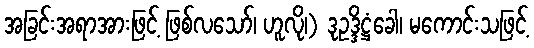
အခြင်းအရာအားဖြင့် ဖြစ်လသော်၊ ဟူလို၊) ဒုဥဒ္ဒိဋ္ဌံခေါ၊ မကောင်းသဖြင့်